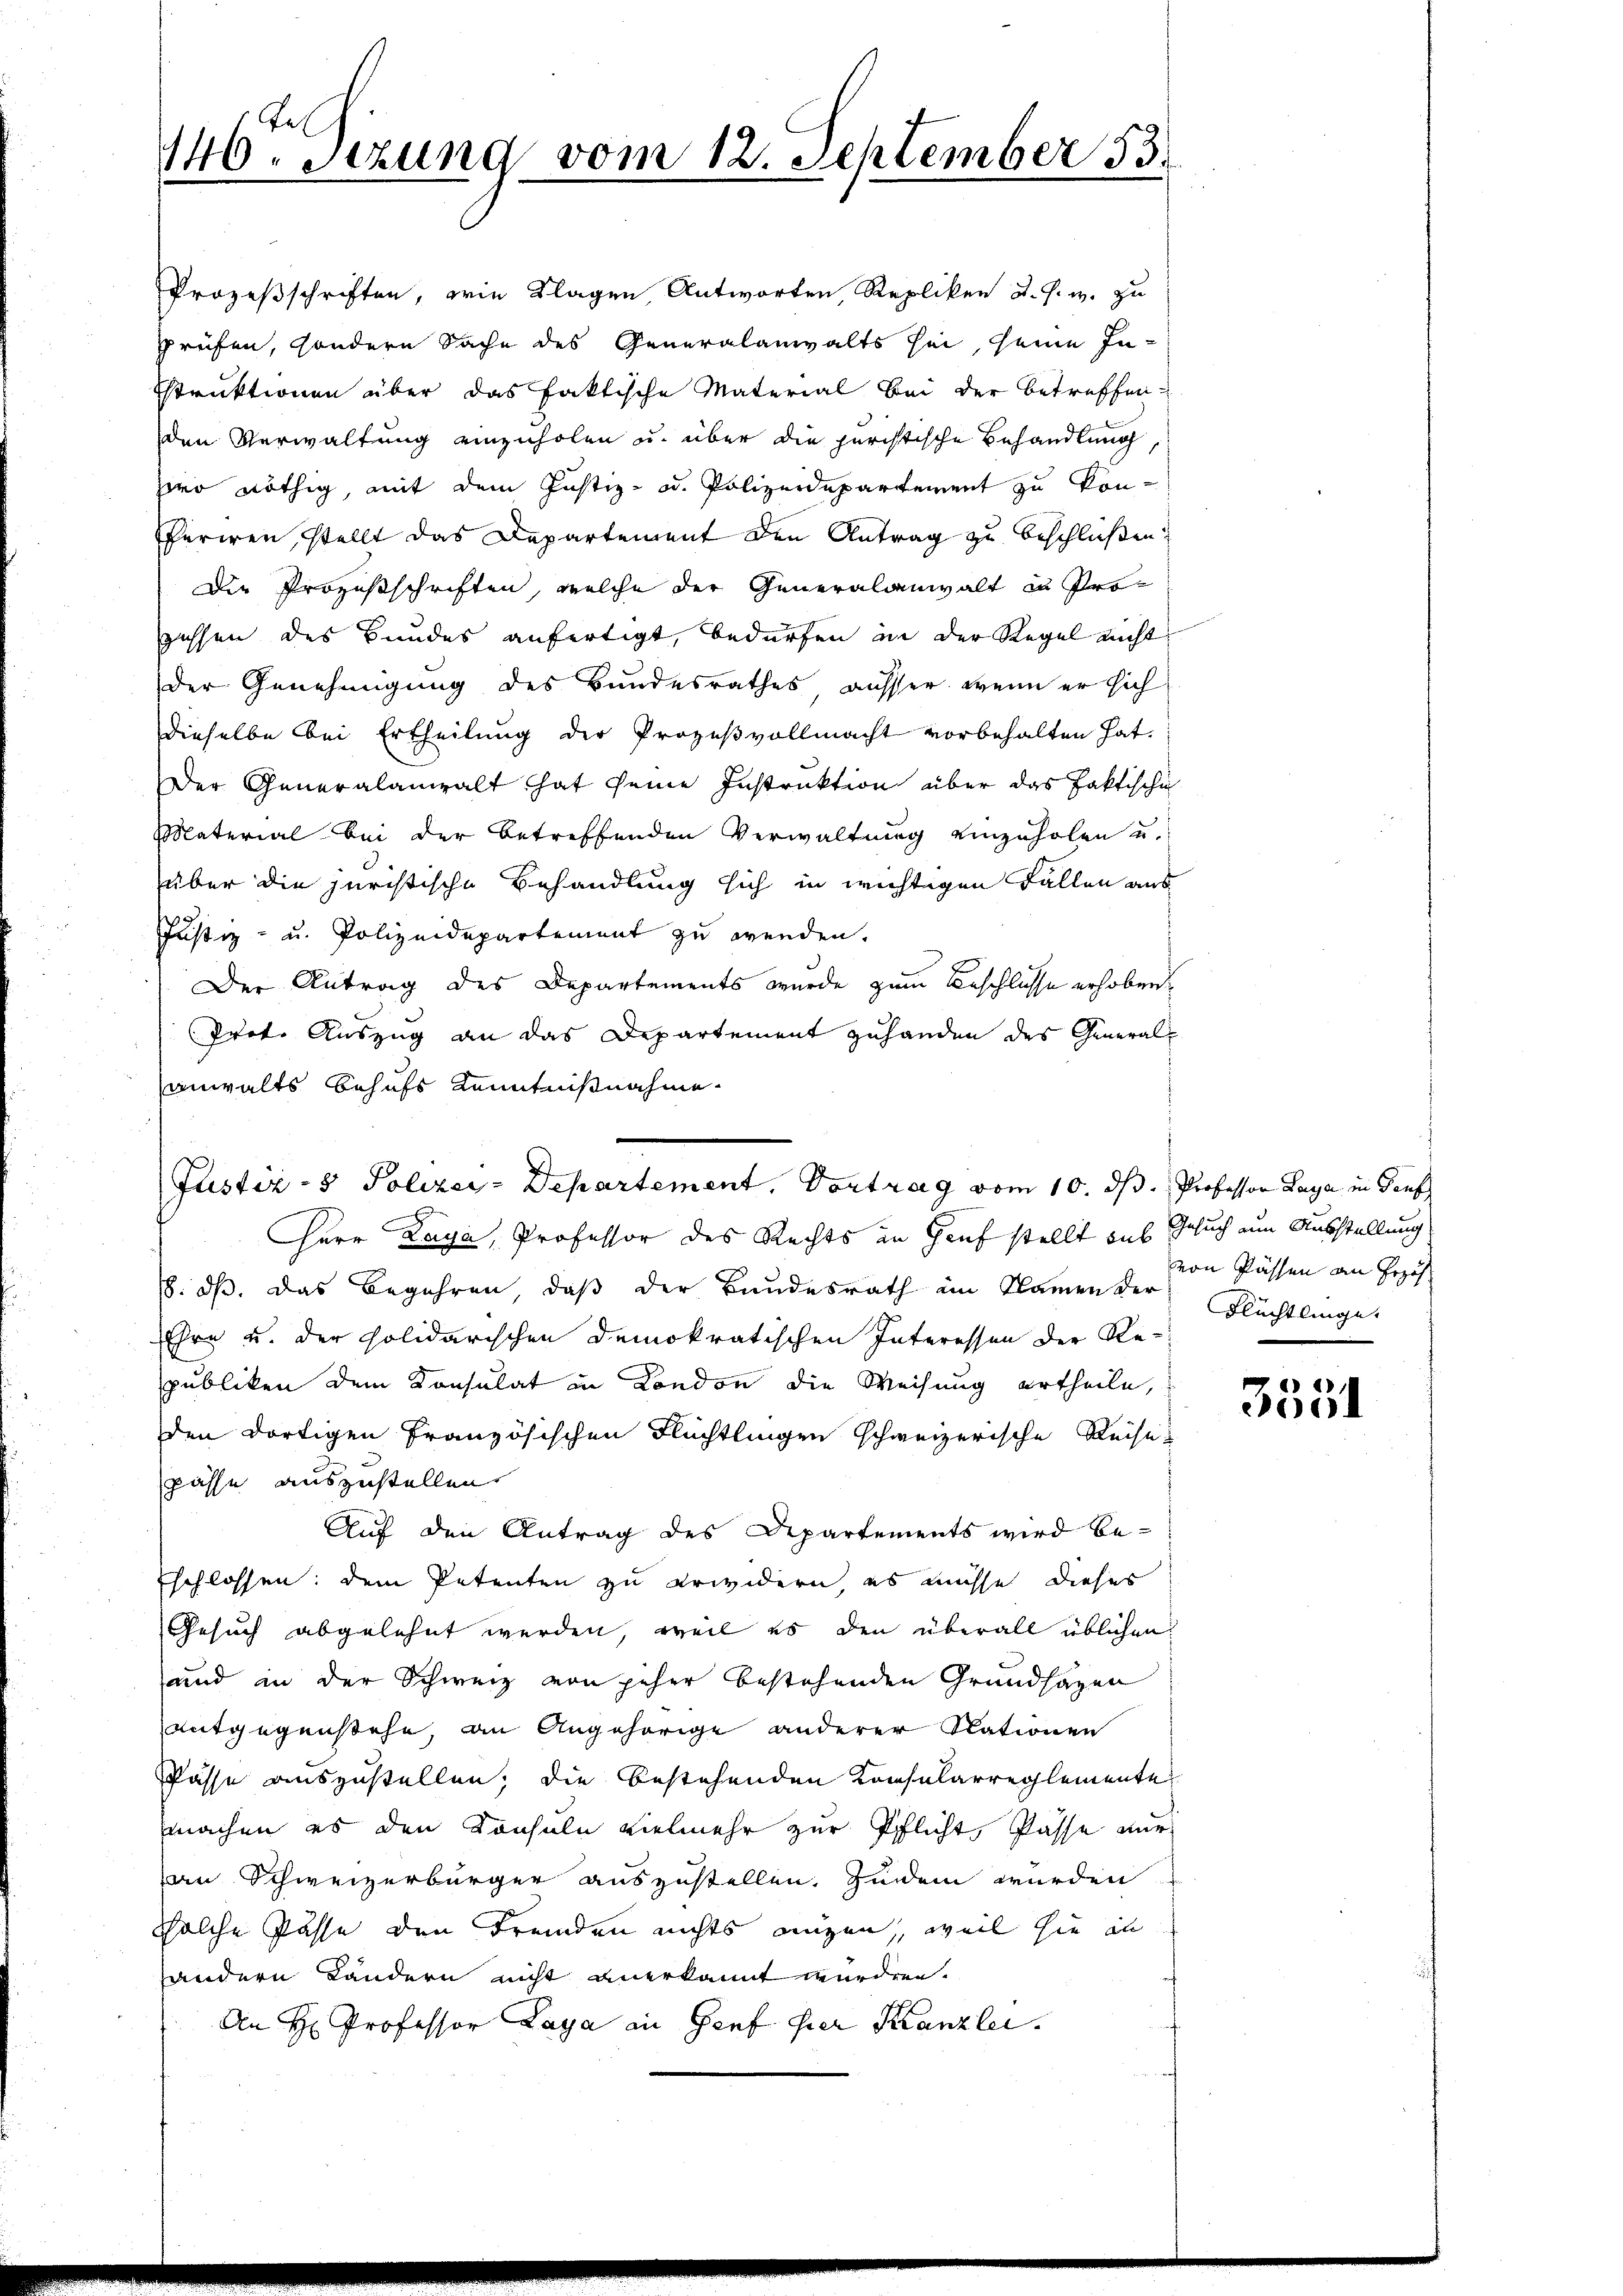
Prozesschriften, wie Klagen, Antworten, Repliken u. s. w. zu
prüfen, sondern Sache des Generalanwalts sei, seine Instruktionen über das faktische Material Bei der betreffenden Verwaltung einzuholen u. über die juristische Behandlung
zeo nöthig, mit dem Justiz- od. Polizeidepartement zu konferiren, stellt das Departement den Antrag zu beschließen.
Die Prozesschriften, welche der Generalanwalt in Progessen des Bundes anfertigt, bedürfen in der Regel nicht
der Genehmigung des Bundesrathes ausser, wenn er sich
dieselbe bei Ertheilung der Prozeßvollmacht vorbehalten hat.
Der Generalanwalt hat seine Instruktion über das faktische
Material bei der betreffenden Verwaltung einzuholen u.
über die juristische Behandlung sich in wichtigen Fällen aus
Justiz- u. Polizeidepartement zu wenden.
Der Antrag des Departements wurde zum Beschlüsse erhoben
Prot. Auszug an das Departement zuhanden des Generalanwalts behufs Kenntnißnahme

t
140. Setzung vom 12. September 83.

Justiz- & Polizei-Departement, Vortrag vom 10. ds. Professor Laya in Genf

Herr Laya, Professor des Rechts in Hauf stellt auf Gesuch zum Ausstellung
. dß. Das Begehren, daß der Bundesrath im Namen der Flüchtlinges
Ehre u. der polidarischen Demokratischen Interessen der Republiken dem Konsulat in London die Weisung ertheile,
den dortigen Französischen Flüchtlingen schweizerische Reise
pässe auszustellen.
Auf den Antrag des Departements wird be-
Eschlossen: dem Petenten zu erwidern, es müsse dieses
Gesuch abgelehnt werden, weil es den überall üblichen
und in der Schweiz von jeher bestehenden Grundsazen
entgegenstehe, an Angehörige anderer Stationen
asse auszustellen; die bestehenden Konsularreglemente
machen es den Konsuln vielmehr zur Pflicht, Pässe nur
an Schweizerbürger auszustellen. Zudem wurden
solche Pässe den Fremden nichts angen, weil sie an
handern Ländern nicht anerkannt wurden.
An H Professor Laya an Genf hier Kanzlei.

von Passen an Erzäh

,
2001